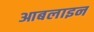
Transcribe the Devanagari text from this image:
आबलाइन